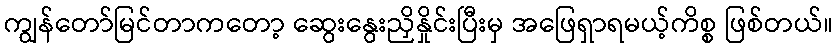
ကျွန်တော်မြင်တာကတော့ ဆွေးနွေးညှိနှိုင်းပြီးမှ အဖြေရှာရမယ့်ကိစ္စ ဖြစ်တယ်။